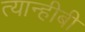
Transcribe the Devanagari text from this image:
त्यान्हीबी